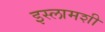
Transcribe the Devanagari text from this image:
इस्लामशी